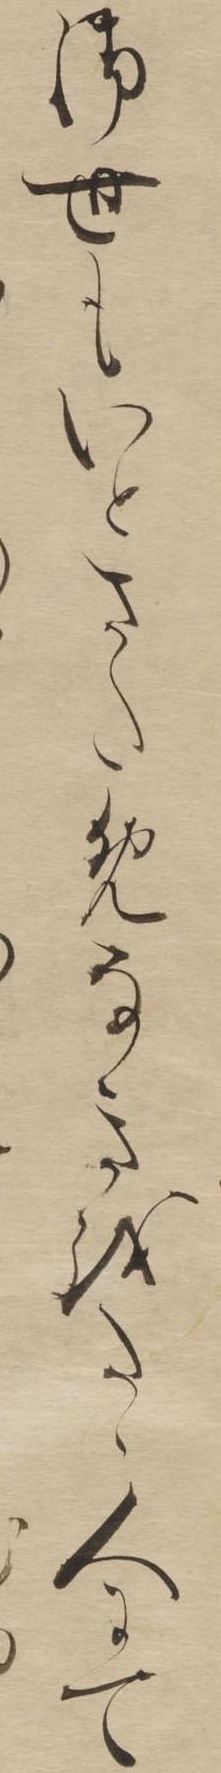
御世もいとさためなきをたゝ人にて